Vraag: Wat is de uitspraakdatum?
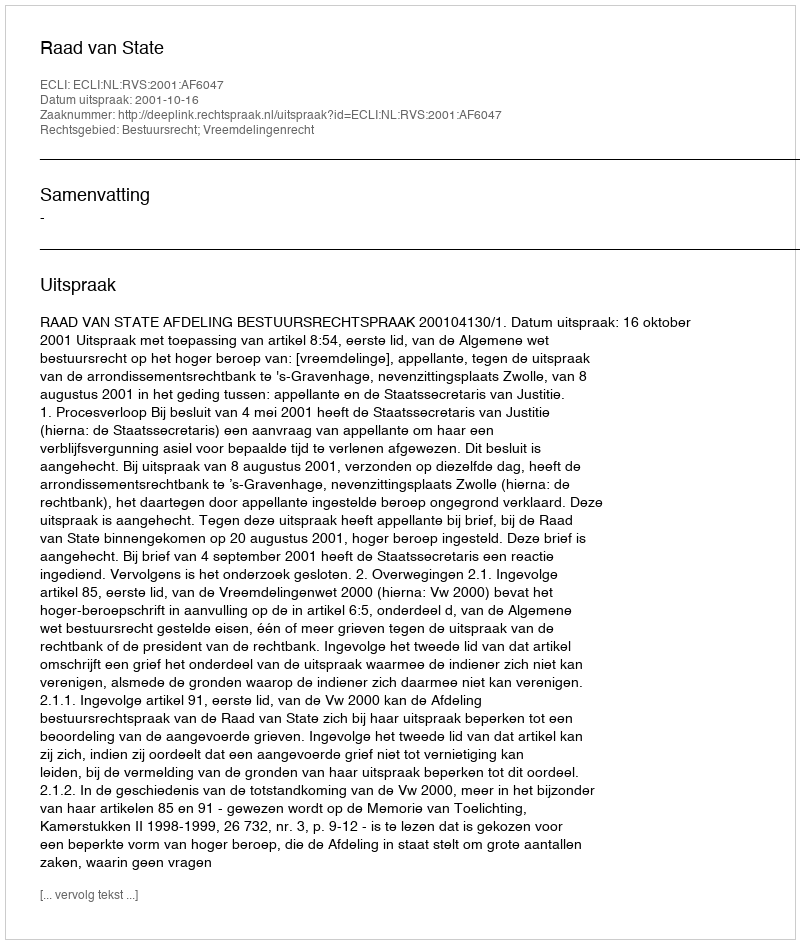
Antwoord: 2001-10-16